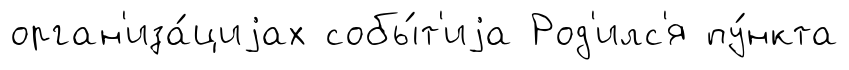
орган'иза́циjах собы́т'иjа Род'илс'я пу́нкта